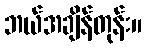
ဘယ်အချိန်တုန်း။